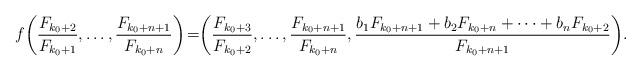
LaTeX: \begin{align*}f\biggr(\frac{F_{k_0+2}}{F_{k_0+1}},\dots,\frac{F_{k_0+n+1}}{F_{k_0+n}}\biggr)\!=\biggr(\frac{F_{k_0+3}}{F_{k_0+2}},\dots,\frac{F_{k_0+n+1}}{F_{k_0+n}},\frac{b_1F_{k_0+n+1}+b_2F_{k_0+n} +\dots + b_n F_{k_0+2}}{F_{k_0+n+1}}\biggr).\end{align*}